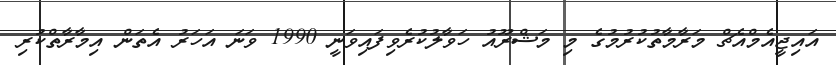
އައިޖީއެމްއެޗް މަރާމާތުކުރުމުގެ މި މަޝްރޫއު ހަވާލުކުރެވިފައިވަނީ 1990 ވަނަ އަހަރު އެތަން އިމާރާތްކުރި